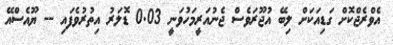
އެވްރެޖްކޮށް ގަޑިއަކަށް ލިބޭ އުޖޫރަވެސް ޖެނުއަރީމަހުވަނީ 0.03 ޑޮލަރު އިތުރުވެފައި -- ޔޫއެސްއޭ